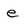
Character: e